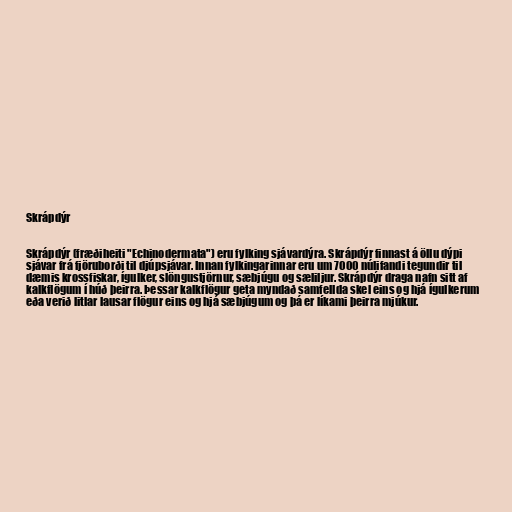
Skrápdýr

Skrápdýr (fræðiheiti "Echinodermata") eru fylking sjávardýra. Skrápdýr finnast á öllu dýpi
sjávar frá fjöruborði til djúpsjávar. Innan fylkingarinnar eru um 7000 núlifandi tegundir til
dæmis krossfiskar, ígulker, slöngustjörnur, sæbjúgu og sæliljur. Skrápdýr draga nafn sitt af
kalkflögum í húð þeirra. Þessar kalkflögur geta myndað samfellda skel eins og hjá ígulkerum
eða verið litlar lausar flögur eins og hjá sæbjúgum og þá er líkami þeirra mjúkur.